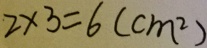
2 \times 3 = 6 ( c m ^ { 2 } )